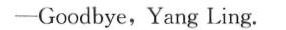
——Goodbye,Yang Ling.